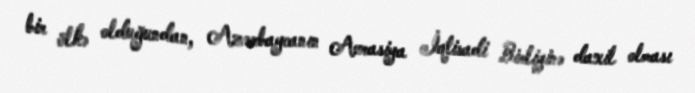
bir ölkə olduğundan, Azərbaycanın Avrasiya İqtisadi Birliyinə daxil olması